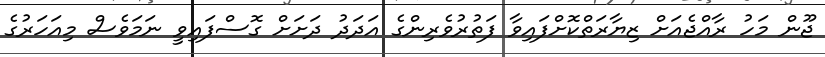
ޖޫން މަހު ރާއްޖެއަށް ޒިޔާރަތްކޮށްފައިވާ ފަތުރުވެރިންގެ އަދަދު ދަށަށް ގޮސްފައިވީ ނަމަވެސް މިއަހަރުގެ